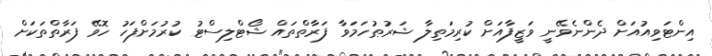
އިންޓަވިއުއަށް ދެންނެވޭނީ ވަޒީފާއަށް ކުރިމަތިލާ ޝަރުޠުހަމަވާ ފަރާތްތައް ޝޯޓްލިސްޓު ކުރުމަށްފަހު ހޮވޭ ފަރާތްތަކަށް